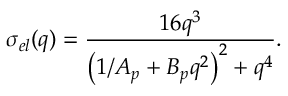
\sigma _ { e l } ( q ) = { \frac { 1 6 q ^ { 3 } } { \left( 1 / A _ { p } + B _ { p } q ^ { 2 } \right) ^ { 2 } + q ^ { 4 } } } .